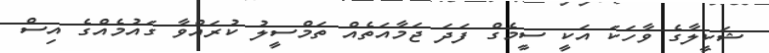
ޝަކީލާގެ ވާހަކަ އަކީ ސީމެގް ފަދަ ޖަމާއަތެއް ތަމްސީލު ކުރައްވާ ގައުމެއްގެ އިސް